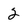
Character: 2